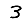
Digit: 3